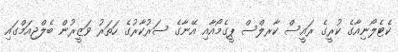
ކެޓެލޯނިއާގެ ކުރީގެ ރައީސް ކާރލްސް ޕީގެމޯއާއި އޭނާގެ ސަރުކާރުގެ ހަތަރު ވަޒީރުން ބެލްޖިއަމްގައި